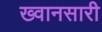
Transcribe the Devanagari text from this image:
ख्वानसारी